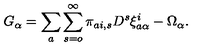
G _ { \alpha } = \sum _ { a } \sum _ { s = o } ^ { \infty } \pi _ { a i , s } D ^ { s } \xi _ { a \alpha } ^ { i } - \Omega _ { \alpha } .